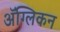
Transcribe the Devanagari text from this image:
ॲंग्लिकन